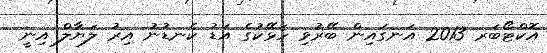
އޮކްޓޯބަރ 2013 އަނގައިން ބޭރުވި ހަޅޭކުގެ އަޑު ކެނޑުނު އިރު ލަޔާލް އިނީ